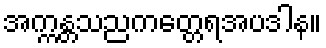
အက္ကန္တသညကတ္တေရအပဒါန။